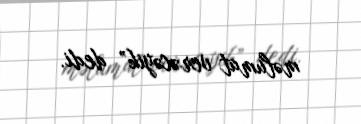
məlumat verəcəyik” dedi.